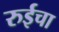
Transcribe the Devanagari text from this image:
रुईचा